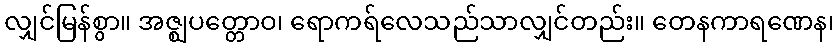
လျှင်မြန်စွာ။ အဇ္ဈပတ္တောဝ၊ ရောကရ်လေသည်သာလျှင်တည်း။ တေနကာရဏေန၊